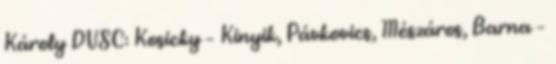
Károly DVSC: Kosicky – Kinyik, Pávkovics, Mészáros, Barna –